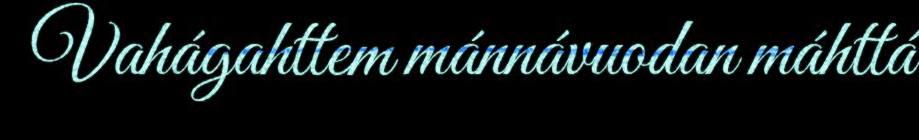
Vahágahttem mánnávuodan máhttá